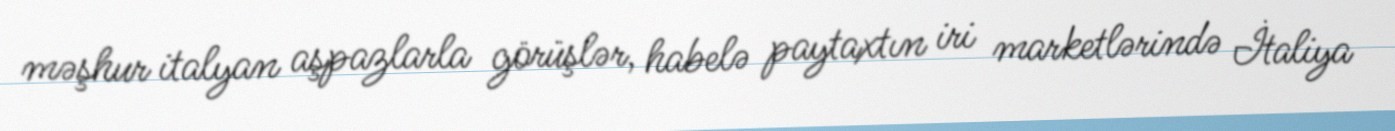
məşhur italyan aşpazlarla görüşlər, habelə paytaxtın iri marketlərində İtaliya